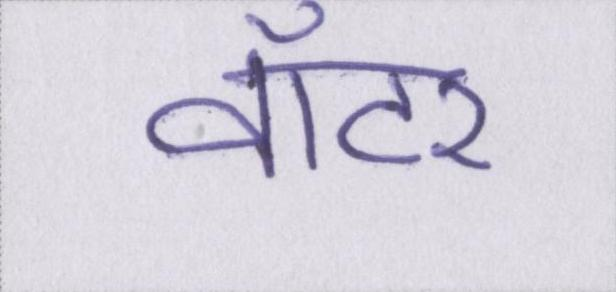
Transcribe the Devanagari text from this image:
वॉटर